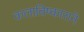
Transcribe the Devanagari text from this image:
कलाविष्काराने